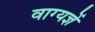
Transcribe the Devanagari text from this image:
वाग्यज्ञें